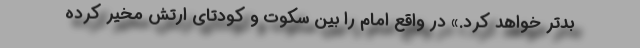
بدتر خواهد کرد.» در واقع امام را بین سکوت و کودتای ارتش مخیر کرده